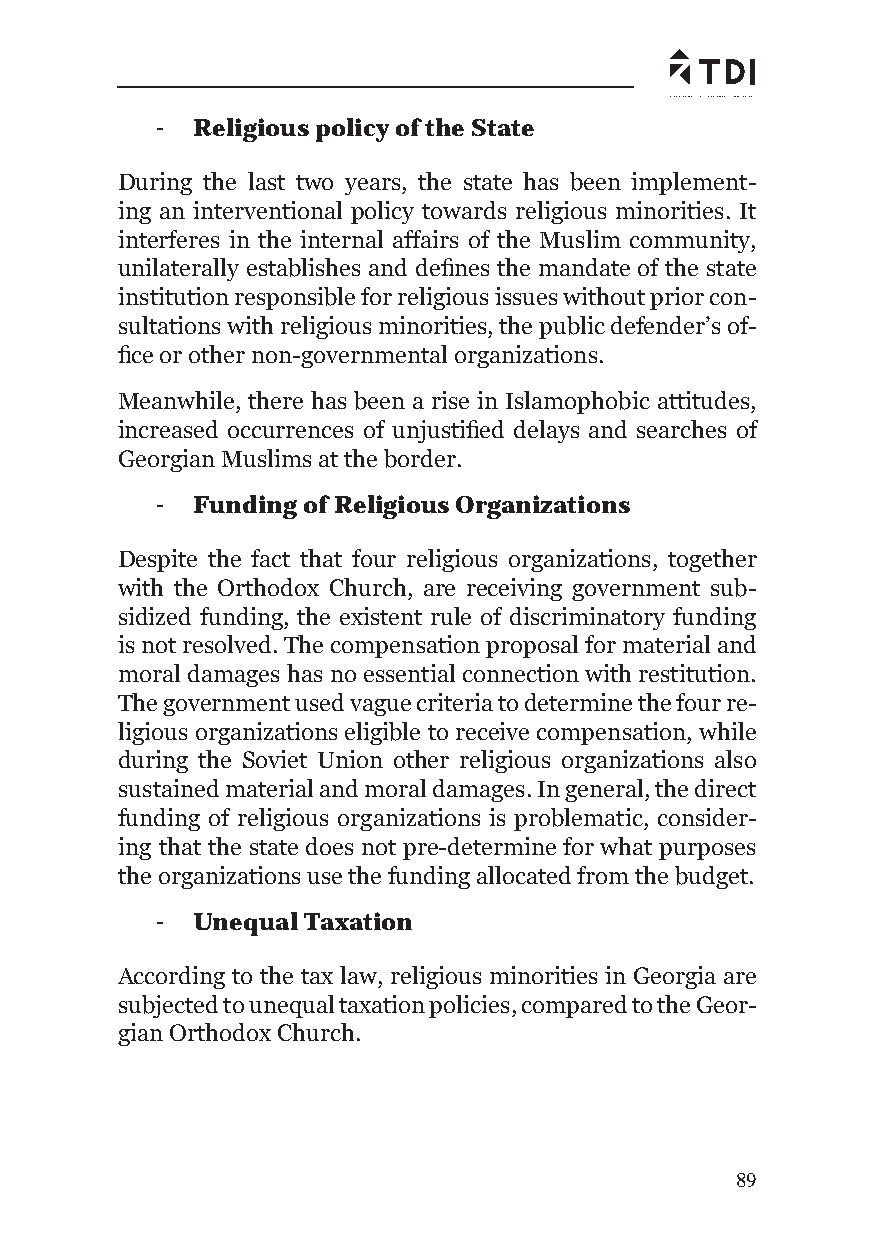
-  Religious policy of the State
 During the last two years, the state has been implement-
 ing an interventional policy towards religious minorities. It
 interferes in the internal affairs of the Muslim community,
 unilaterally establishes and defi nes the mandate of the state
 institution responsible for religious issues without prior con-
 sultations with religious minorities, the public defender’s of-
 fi ce or other non-governmental organizations.
 Meanwhile, there has been a rise in Islamophobic attitudes,
 increased occurrences of unjustifi ed delays and searches of
 Georgian Muslims at the border.
 -  Funding of Religious Organizations
 Despite the fact that four religious organizations, together
 with the Orthodox Church, are receiving government sub-
 sidized funding, the existent rule of discriminatory funding
 is not resolved. The compensation proposal for material and
 moral damages has no essential connection with restitution.
 The government used vague criteria to determine the four re-
 ligious organizations eligible to receive compensation, while
 during the Soviet Union other religious organizations also
 sustained material and moral damages. In general, the direct
 funding of religious organizations is problematic, consider-
 ing that the state does not pre-determine for what purposes
 the organizations use the funding allocated from the budget.
 -  Unequal Taxation
 According to the tax law, religious minorities in Georgia are
 subjected to unequal taxation policies, compared to the Geor-
 gian Orthodox Church.
 89